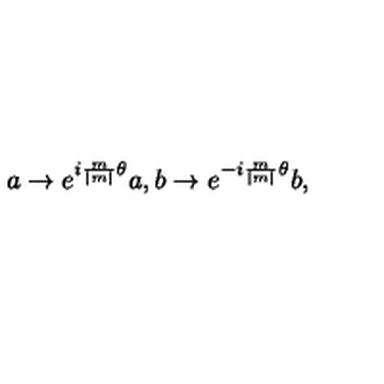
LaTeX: a \rightarrow e ^ { i { \frac { m } { \mid m \mid } } \theta } a , b \rightarrow e ^ { - i { \frac { m } { \mid m \mid } } \theta } b ,